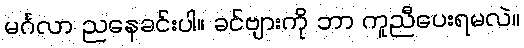
မင်္ဂလာ ညနေခင်းပါ။ ခင်ဗျားကို ဘာ ကူညီပေးရမလဲ။